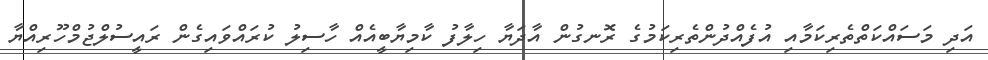
އަދި މަސައްކަތްތެރިކަމާއި އުފެއްދުންތެރިކަމުގެ ރޮނގުން އާދަޔާ ހިލާފު ކާމިޔާބީއެއް ހާސިލު ކުރައްވައިގެން ރައީސުލްޖުމްހޫރިއްޔާ